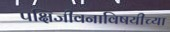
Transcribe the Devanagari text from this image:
पक्षिजीवनाविषयीच्या